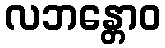
လဘန္တောဝ